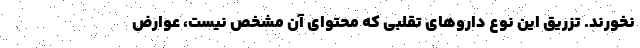
نخورند. تزریق این نوع داروهای تقلبی که محتوای آن مشخص نیست، عوارض